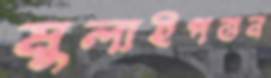
মুলাইপত্তন